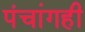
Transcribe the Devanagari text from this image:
पंचांगही